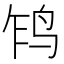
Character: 𲍱